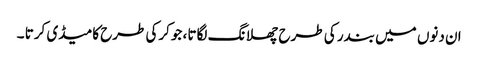
ان دنوں میں بندر کی طرح چھلانگ لگاتا ، جوکرکی طرح کامیڈی کرتا ۔